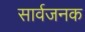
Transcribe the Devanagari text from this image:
सार्वजनक